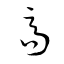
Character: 高